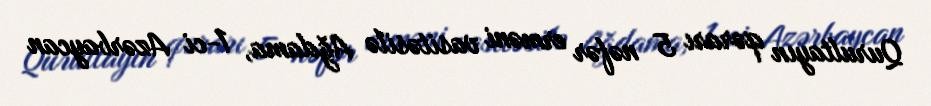
Qurultayın qərarı 5 nəfər erməni vasitəsilə Ağdama, 1-ci Azərbaycan